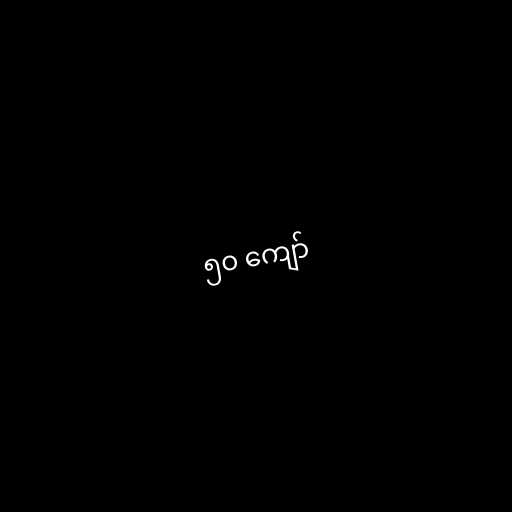
၅၀ ကျော်